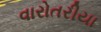
વારોતરીયા